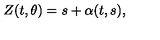
Z ( t , \theta ) = s + \alpha ( t , s ) ,